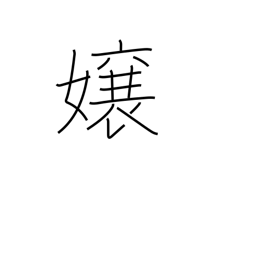
Meaning: daughter